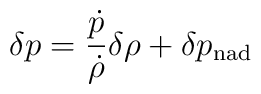
\delta p = \frac{\dot{p}}{\dot{\rho}} \delta \rho + \delta p_{\rm nad}